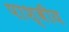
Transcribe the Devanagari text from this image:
पाश्वीय